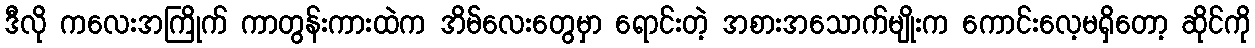
ဒီလို ကလေးအကြိုက် ကာတွန်းကားထဲက အိမ်လေးတွေမှာ ရောင်းတဲ့ အစားအသောက်မျိုးက ကောင်းလေ့မရှိတော့ ဆိုင်ကို